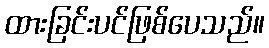
ထားခြင်းပင်ဖြစ်ပေသည်။